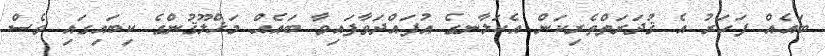
ބައެއް ފަހަރު އެ ޤުދަރަތްތެރިކަން އެކަލާނގެ އުފައްދަވާފައިވާ ބައެއް މަޚްލޫޤުންގެ ކިބައިގައި ވެސް